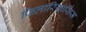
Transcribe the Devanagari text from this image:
फिलारियासिस